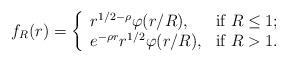
LaTeX: \begin{align*} f_R (r) = \left\{\begin{array}{ll} r^{1/2 -\rho} \varphi (r/R), & \hbox{if $R \leq 1$;}\\ e^{-\rho r} r^{1/2} \varphi(r/R), &\hbox{if $R > 1$.} \end{array}\right.\end{align*}